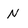
Character: N